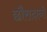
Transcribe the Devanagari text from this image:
छौरादानो